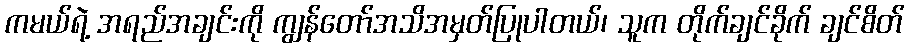
ကမယ်ရဲ့ အရည်အချင်းကို ကျွန်တော်အသိအမှတ်ပြုပါတယ်၊ သူက တိုက်ချင်ခိုက် ချင်စိတ်